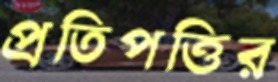
প্রতিপত্তির